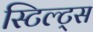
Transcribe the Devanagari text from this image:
स्टिल्ट्स